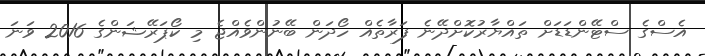
އެސްގެ ސްޓޭންޑަޑަށް ތައްޔާރުކޮށްދޭނެ ފަރާތެއް ހޯދަން ބޭނުންވެއްޖެ މި ކޯޕަރޭޝަންގެ 2016 ވަނަ